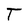
Character: T